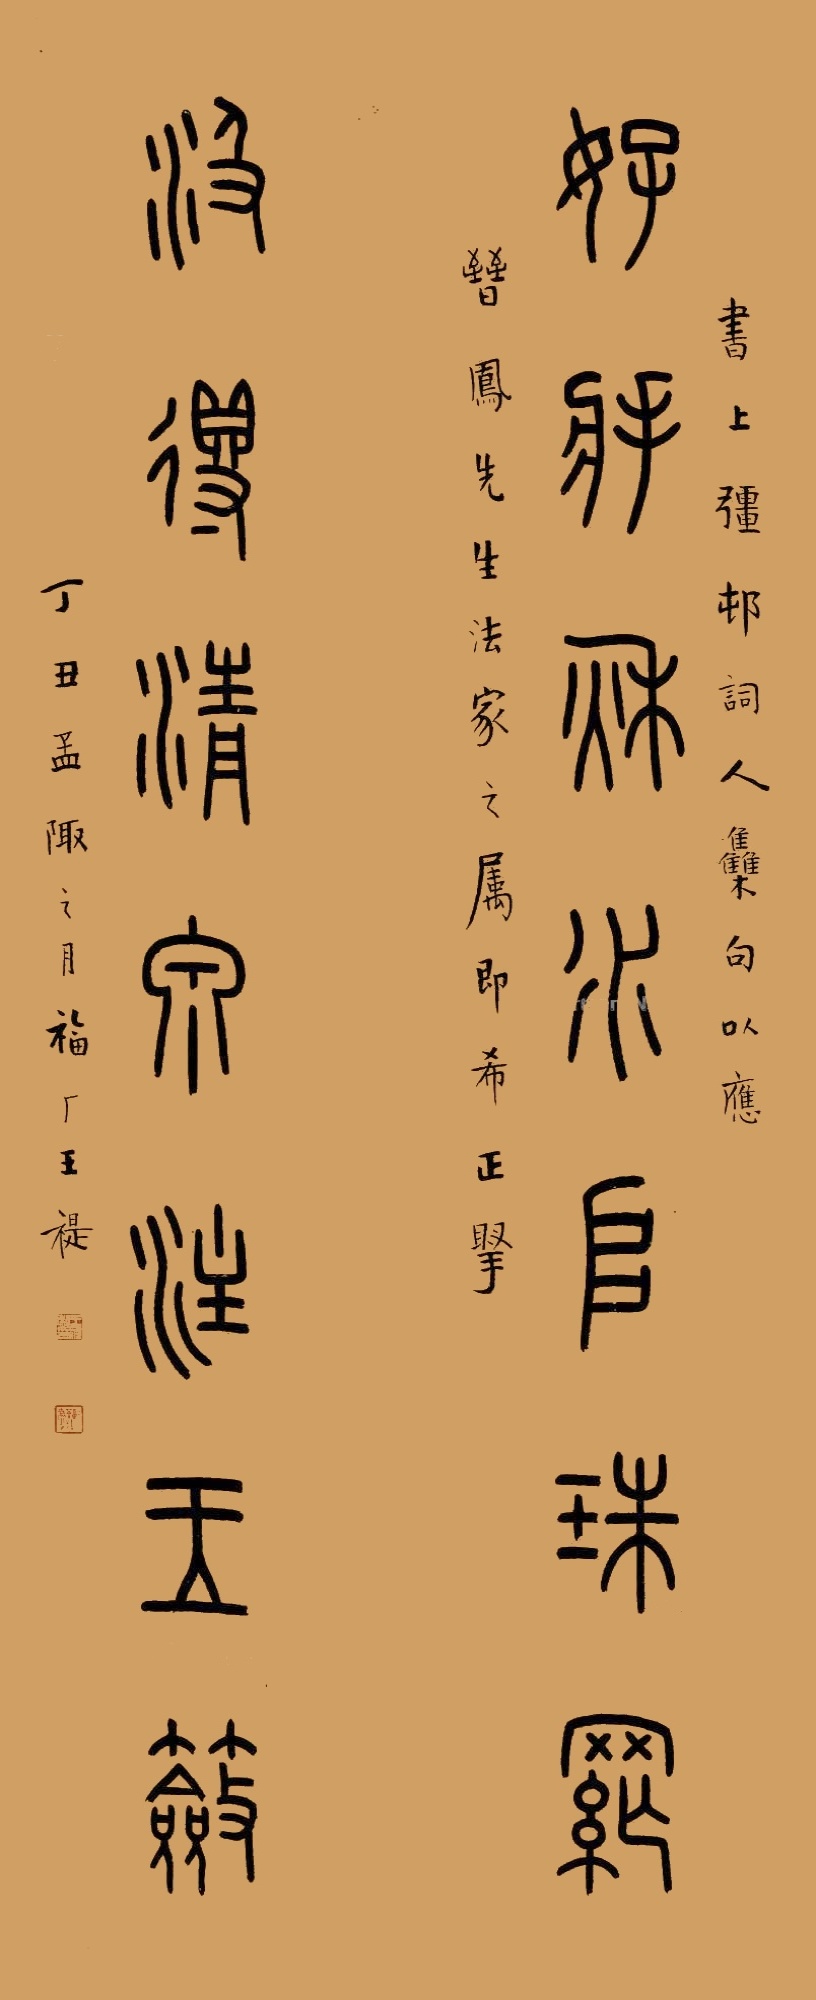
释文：好将秋水堆珠网，汲得清泉注玉奁。书上强村词人集句，以应晋凤先生法家之属即希正腕，丁丑孟陬之月，福厂王禔。